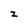
Character: z